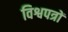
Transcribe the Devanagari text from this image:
विश्वपत्रों